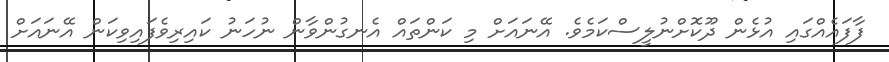
ފާފައެއްގައި އުޅެން ދޫކޮށްނުލީސްކަމެވެ. އޭނައަށް މި ކަންތައް އެނގުންވާން ނުހަނު ކައިރިވެފައިވިކަން އޭނައަށް